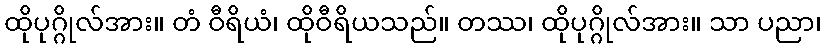
ထိုပုဂ္ဂိုလ်အား။ တံ ဝီရိယံ၊ ထိုဝီရိယသည်။ တဿ၊ ထိုပုဂ္ဂိုလ်အား။ သာ ပညာ၊